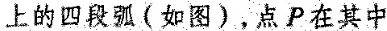
上的四段弧(如图)，点P在其中